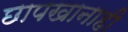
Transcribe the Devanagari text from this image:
छापखानाही